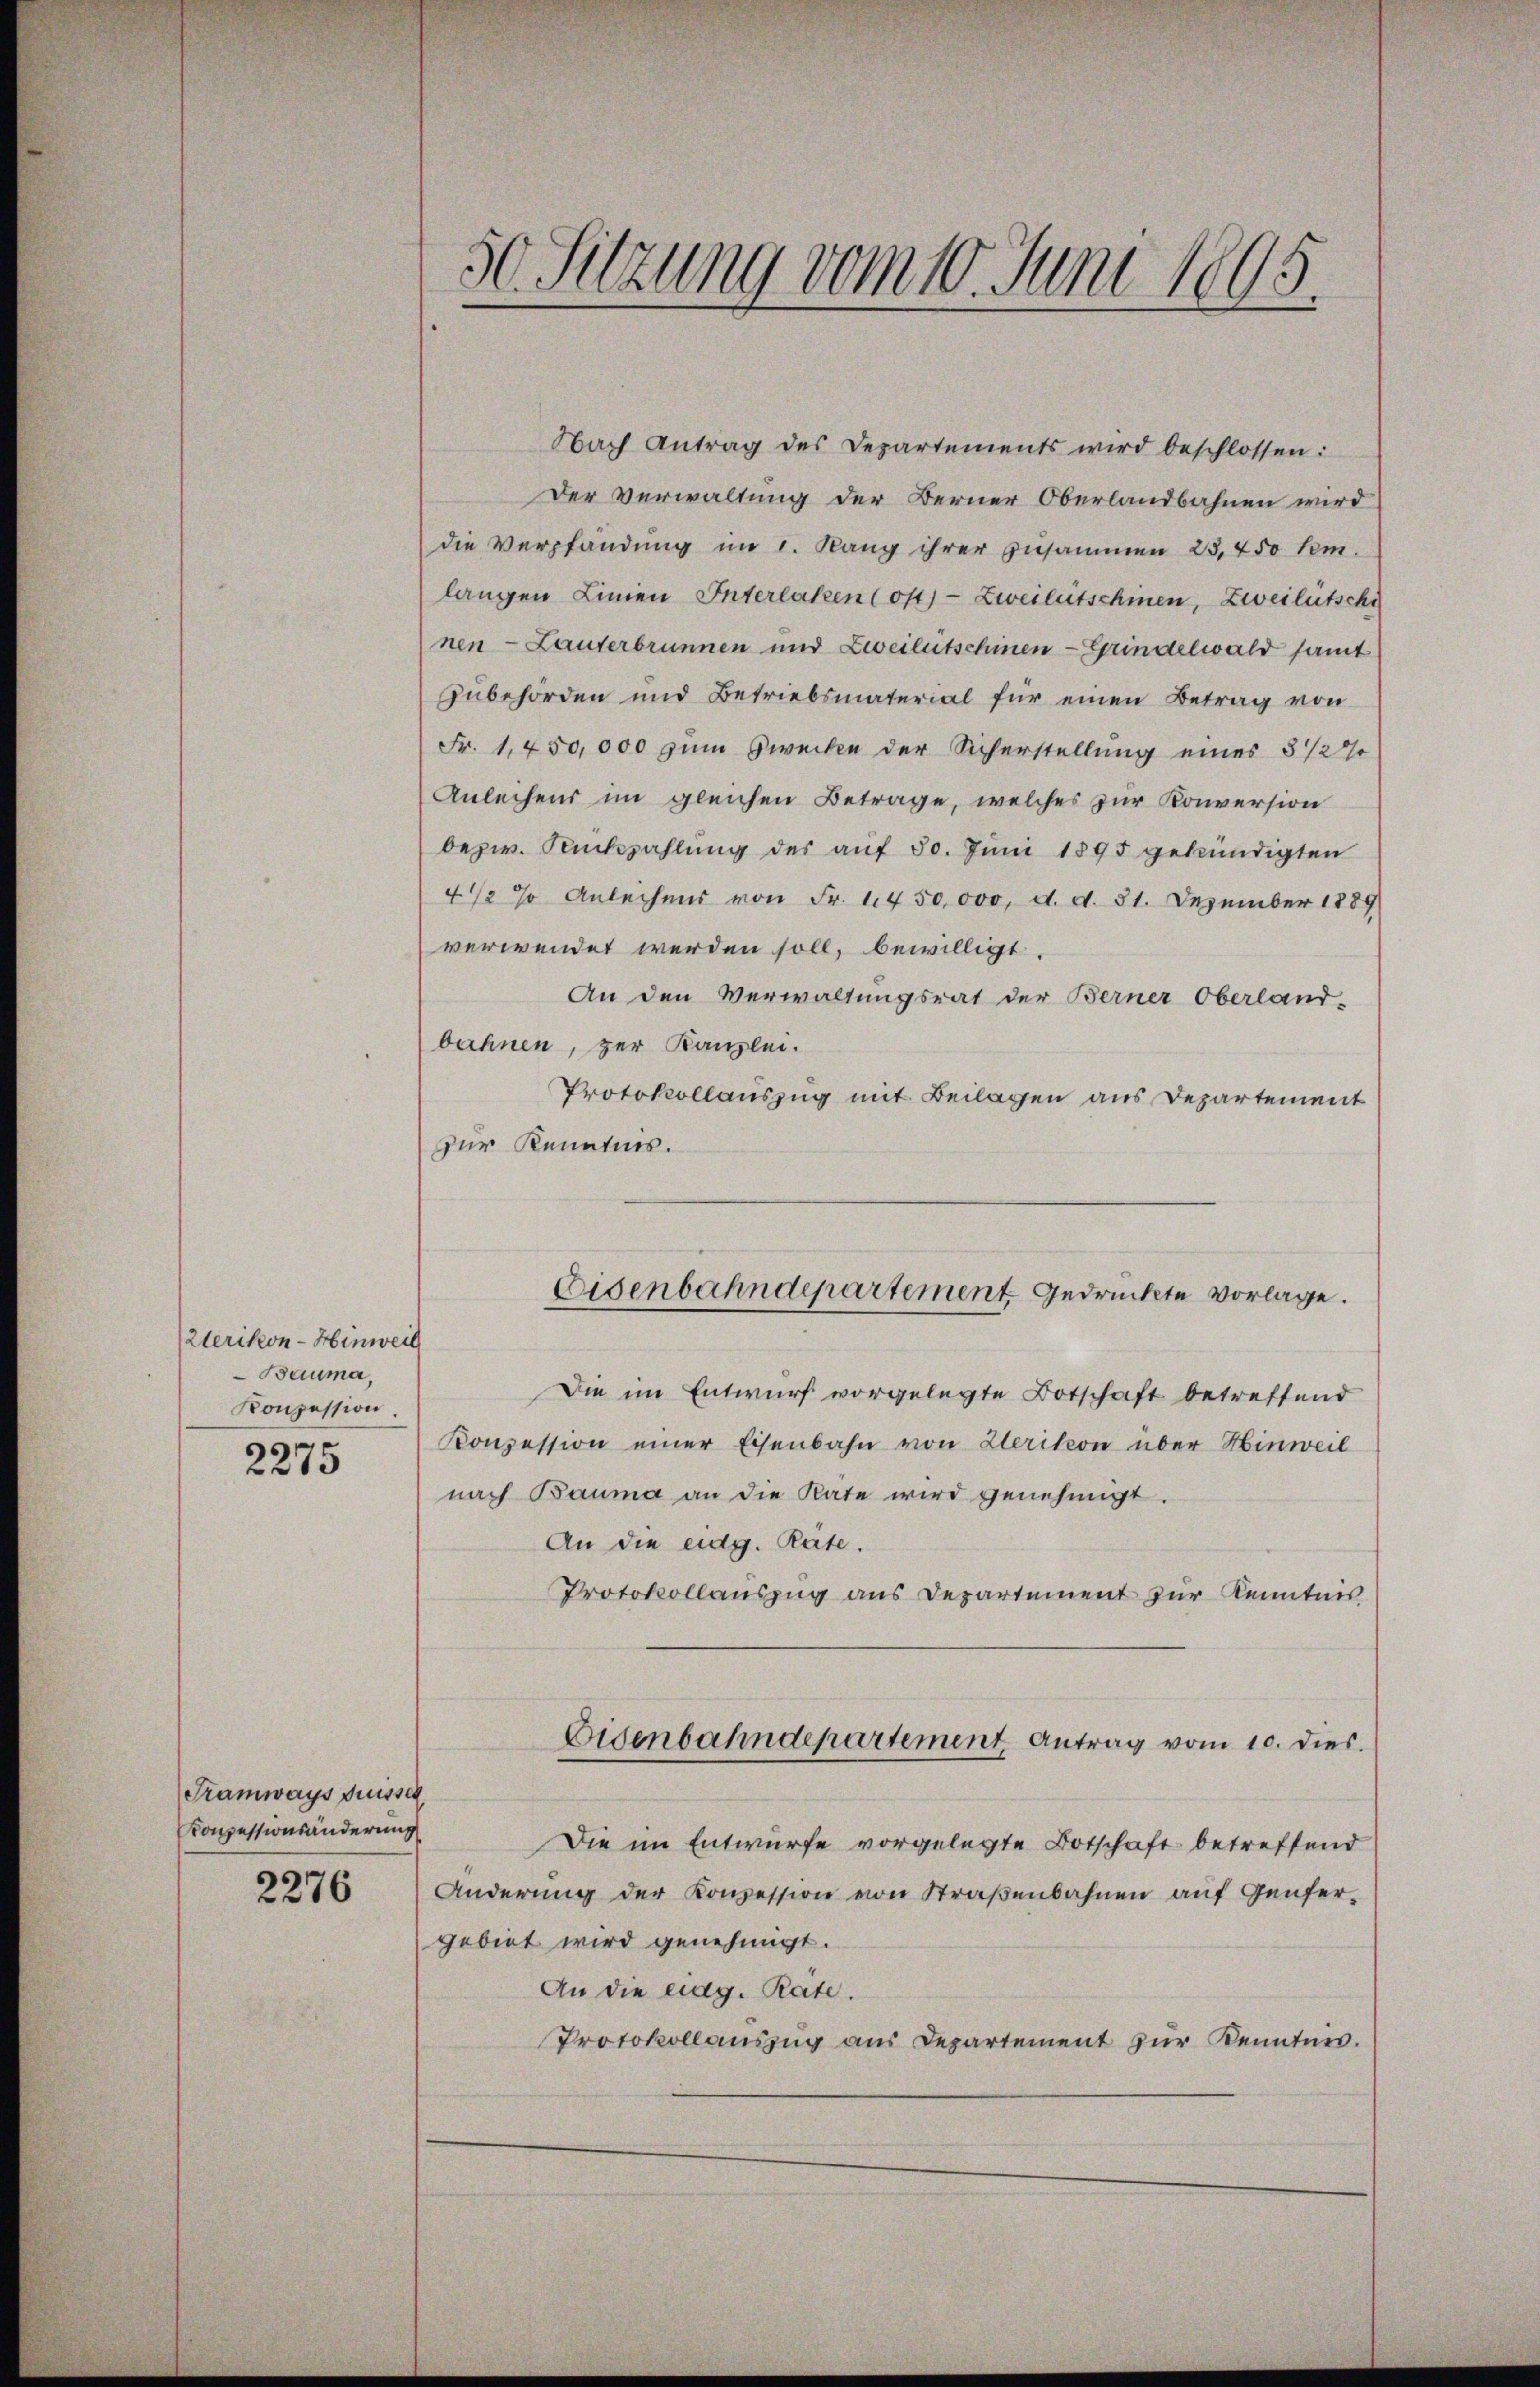
Werikon - Hinweil
Bauma,
Konzession.

2275

Tramways Suissen
Konzessionsänderung

2276

Nach Antrag des Departements wird beschlossen:
Der Verwaltung der Berner Oberlandbahnen wird
die Verpfändung im I. Rang ihrer Zusammen 25, 450 tem.
langen Linien Interlaken (oft) Zweiheitschinen, Zweiletschi
nen - Lauterbrunnen und Zweiletschinen Grindelwald samt
Zubehörden und Betriebsmaterial für einen Betrag von
Fr. 1,450,000 zum Zwecken der Sicherstellung eines 5 1/2%
Anleihens im gleichen Betrage, welches zur Konversion
bezw. Rückzahlung des auf 50. Juni 1895 gekündigten
4 1/2 % Anleihens von Fr. 1450,000, d. d. 31. Dezember 1889
verwendet werden soll, bewilligt.
An den Verwaltungsrat der Berner Oberland-
bahnen, zur Kanzlei.
Protokollauszug mit Beilagen aus Departement
zur Kenntnis.
Die im Entwurf vorgelegte Botschaft betreffend
Konzession einer Eisenbahn von Zerikon über Hinweil
nach Bauma an die Rate wird genehmigt.
An die eidg. Räte.
Protokollauszug aus Departement zur Kenntnis
Eidenbahndepartement Antrag vom 10. dies
Die im Entwurfe vorgelegte Botschaft betreffend
Änderung der Konzession von Straßenbahnen auf Genfergebiet wird genehmigt.
An die lag. Räte.
Protokollauszug aus Departement zur Kenntnis.

50 Sitzung vom 10. Juni 1805.

Eisenbahndepartement gedruckte vorlage.